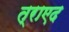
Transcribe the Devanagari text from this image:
त्राएद